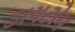
ડાયટોમ